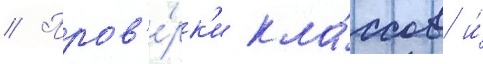
// Пров'е́рк'и кла́ссов и́